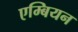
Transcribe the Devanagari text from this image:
एम्बियन